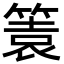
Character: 𥰟